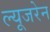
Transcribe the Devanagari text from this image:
ल्यूजरेन